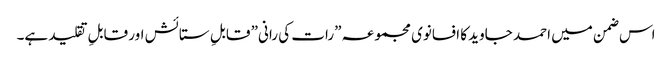
اس ضمن میں احمد جاوید کا افسانوی مجموعہ ”رات کی رانی” قابلِ ستائش اور قابلِ تقلید ہے۔